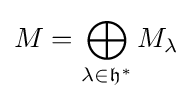
M=\bigoplus _{\lambda \in {\mathfrak {h}}^{*}}M_{\lambda }